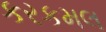
કરકમલ